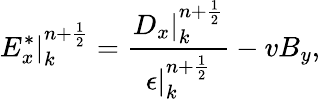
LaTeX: E_{x}^{*}|_{k}^{n+\frac{1}{2}}=\frac{D_{x}|_{k}^{n+\frac{1}{2}}}{\epsilon|_{k}^{n+\frac{1}{2}}}-vB_{y},